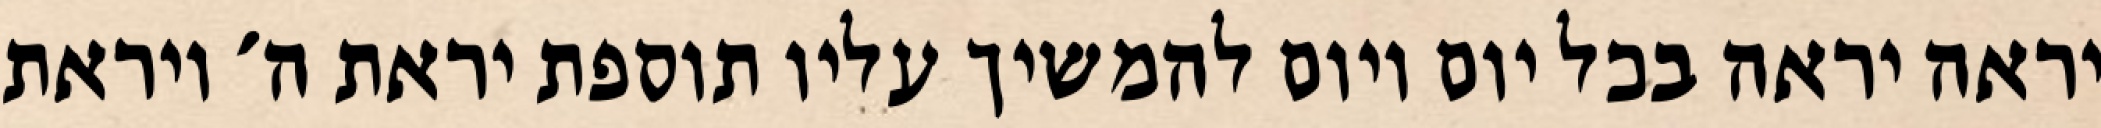
יראה יראה בכל יום ויום להמשיך עליו תוספת יראת ה׳ ויראת